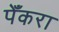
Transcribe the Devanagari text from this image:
पेँकरा